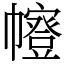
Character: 𭘻